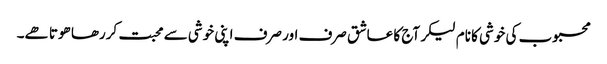
محبوب کی خوشی کا نام لیکر آج کا عاشق صرف اور صرف اپنی خوشی سے محبت کررھا ھوتا ھے۔